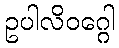
ဥပါလိဝဂ္ဂေါ